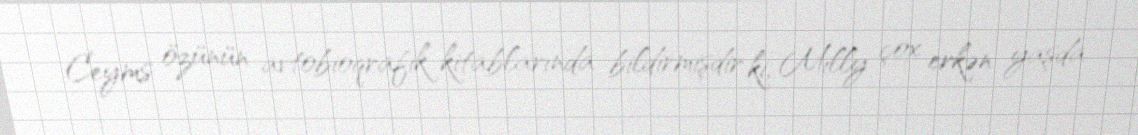
Ceyms özünün avtobioqrafik kitablarında bildirmişdir ki, Milly çox erkən yaşda